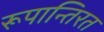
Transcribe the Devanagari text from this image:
रूपान्तिरत